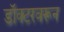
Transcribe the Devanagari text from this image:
डॉक्टरवरून